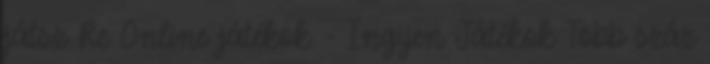
játsz Re Online játékok - Ingyen Játékok Több száz